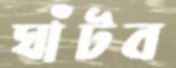
ঘাঁটব